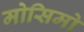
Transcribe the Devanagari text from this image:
मोसिमो